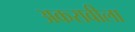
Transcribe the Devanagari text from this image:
अकरावीला